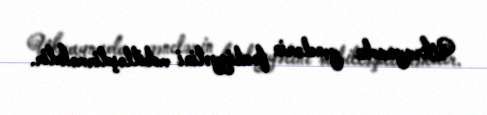
Ukraynada gənclərin fəaliyyətini mobilləşdirməkdir.